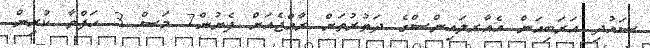
ސައުދި އަރަބިއަން އެއާރލައިންސްގެ ދަތުރުތަށް ރާއްޖެއަށް ފެށުން7 މަސް 3 ހަފްތާ ކުރިން.